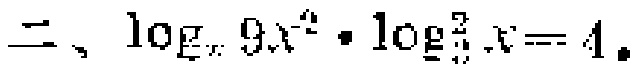
二、$\log_{x}9x^{2}\cdot\log_{3}^{2}x = 4$.